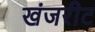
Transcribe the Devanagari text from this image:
खंजरीट